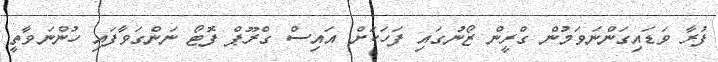
ފުރާ ވަޑައިގަންނަވަމުން ގްރީން ޒޯނުގައި ފަހަކަށް އައިސް ގްރޫޕް ފޮޓޯ ނަންގަވާފައި ހުންނަވާތީ